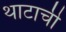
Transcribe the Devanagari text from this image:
थाटाची